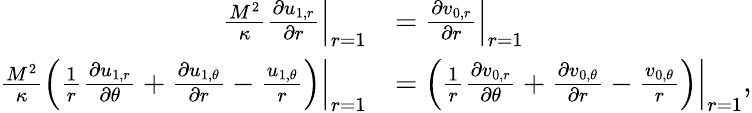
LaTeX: \begin{array}{rl}{\frac{M^{2}}{\kappa}\left.\frac{\partial u_{1,r}}{\partial r}\right|_{r=1}}&{=\left.\frac{\partial v_{0,r}}{\partial r}\right|_{r=1}}\\ {\frac{M^{2}}{\kappa}\left.\left(\frac{1}{r}\frac{\partial u_{1,r}}{\partial\theta}+\frac{\partial u_{1,\theta}}{\partial r}-\frac{u_{1,\theta}}{r}\right)\right|_{r=1}}&{=\left.\left(\frac{1}{r}\frac{\partial v_{0,r}}{\partial\theta}+\frac{\partial v_{0,\theta}}{\partial r}-\frac{v_{0,\theta}}{r}\right)\right|_{r=1},}\end{array}